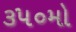
૩૫૦મો